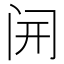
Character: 𫔭